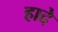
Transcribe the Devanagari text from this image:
हादे